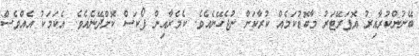
ބޭނުންކުރާއިރު އޮޕަރޭޓަރު މާބޮޑުކަމެއް ކުރާކަށް ނުޖެހޭނެއެވެ. ކެމެރާއިން ފޯކަސް ކޮށްދޭނެއެވެ. އެކަމަކު އެއްވެސް